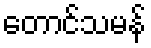
တောင်သမန်